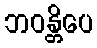
ဘဝန္တိပေ